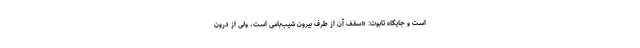
است و جایگاه تابوت: «سقف آن از طرف بیرون شیب‌بامی است، ولی از درون